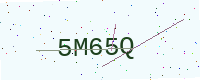
Text: 5M65Q